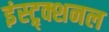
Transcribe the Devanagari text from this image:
इंस्ट्र्क्शनल